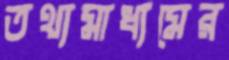
তথ্যমাধ্যমের